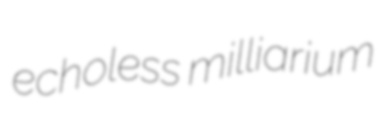
echoless milliarium